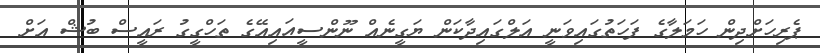
ޕެރިހަށްދިން ހަމަލާގެ ފަހަތުގައިވަނީ އަލްގައިދާކަން ޔަގީނެއް ނޫންސީއައިއޭގެ ތަހްގީގު ރައީސް ބުޝް އަށް